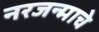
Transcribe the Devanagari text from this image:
नरजन्माचे